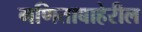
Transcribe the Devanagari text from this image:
गणिताबाहेरील